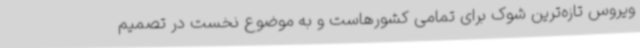
ویروس تازه‌ترین شوک برای تمامی کشورهاست و به موضوع نخست در تصمیم‌